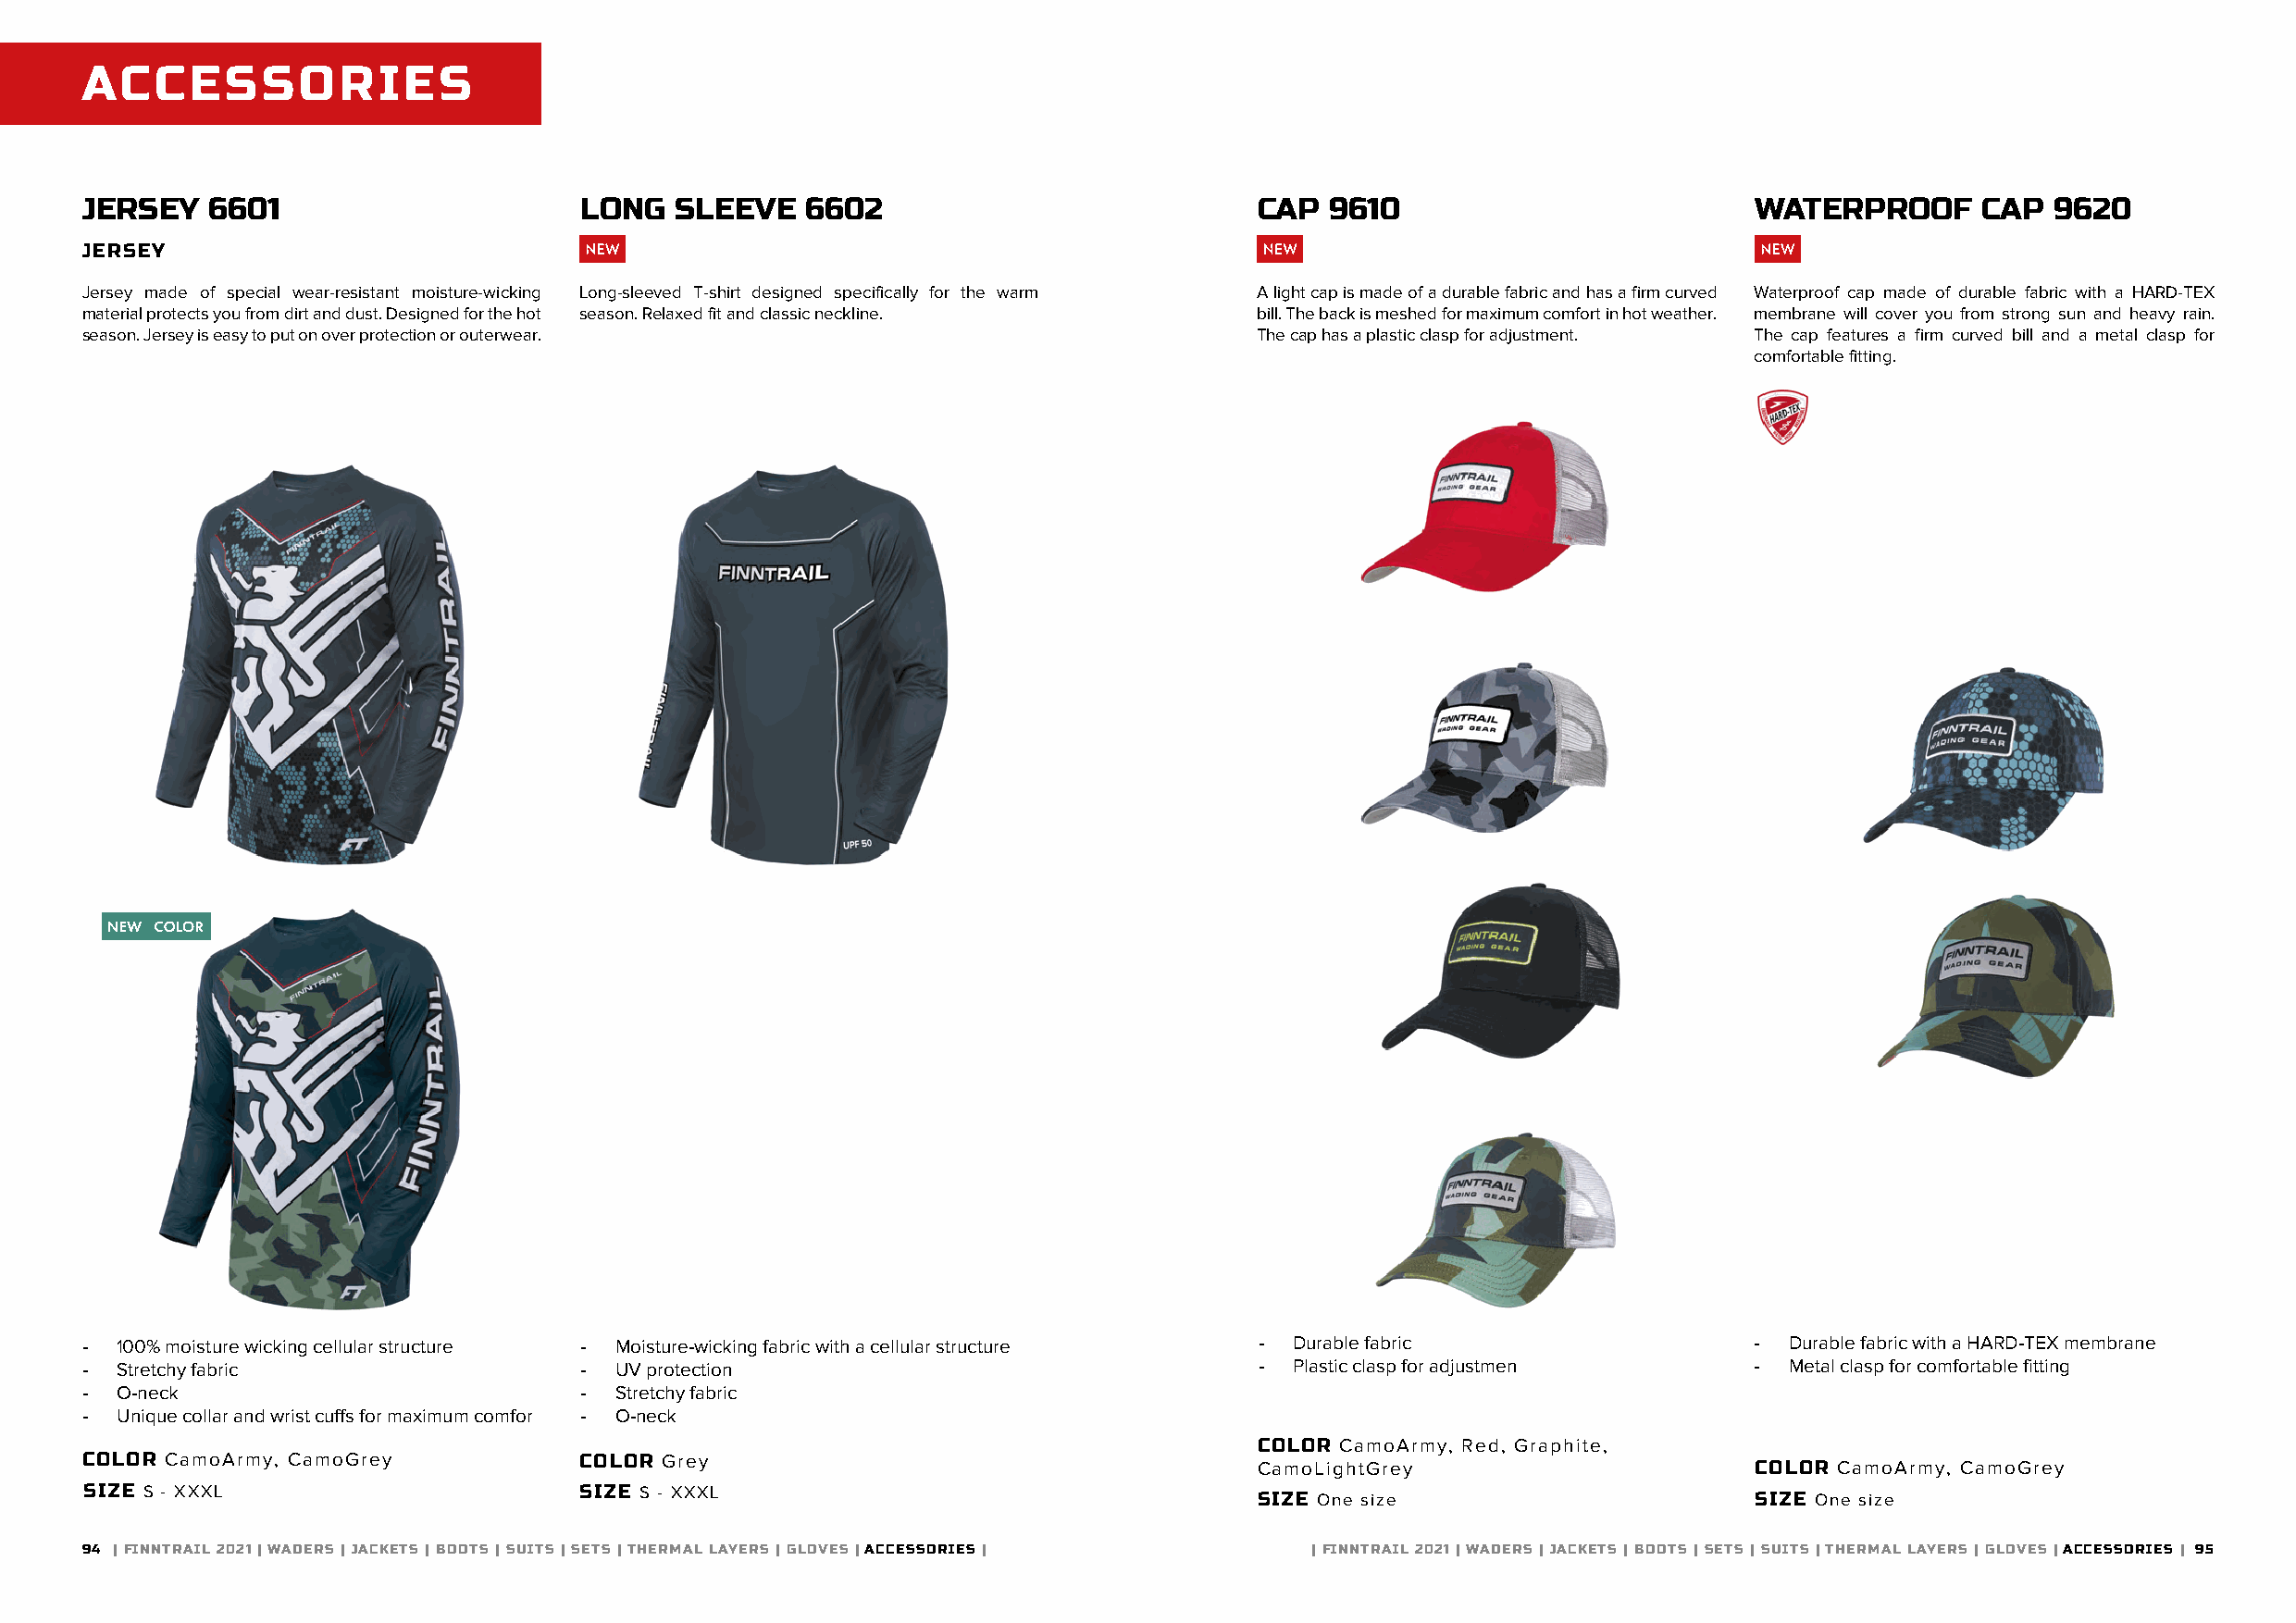
ACCESSORIES
 JERSEY   6601                       LONG  SLEEVE    6602                            CAP  9610                           WATERPROOF      CAP  9620
 JERSEY
 Jersey made of special wear-resistant moisture-wicking Long-sleeved T-shirt designed specifically for the warm A light cap is made of a durable fabric and has a firm curved Waterproof cap made of durable fabric with a HARD-TEX
 material protects you from dirt and dust. Designed for the hot season. Relaxed fit and classic neckline. bill. The back is meshed for maximum comfort in hot weather. membrane will cover you from strong sun and heavy rain.
 season. Jersey is easy to put on over protection or outerwear.                      The cap has a plastic clasp for adjustment. The cap features a firm curved bill and a metal clasp for
 comfortable fitting.
 - 100% moisture wicking cellular structure - Moisture-wicking fabric with a cellular structure - Durable fabric        -  Durable fabric with a HARD-TEX membrane
 - Stretchy fabric                   - UV protection                                 - Plastic clasp for adjustmen      -  Metal clasp for comfortable fitting
 - O-neck                            - Stretchy fabric
 - Unique collar and wrist cuffs for maximum comfor - O-neck
 COLOR CamoArmy, Red, Graphite,
 COLOR CamoArmy, CamoGrey           COLOR Grey
 CamoLightGrey                       COLOR CamoArmy, CamoGrey
 SIZE S - XXXL                      SIZE S - XXXL                                    SIZE One size                       SIZE One size
 94 | FINNTRAIL 2021 | WADERS | JACKETS | BOOTS | SUITS | SETS | THERMAL LAYERS | GLOVES | ACCESSORIES | | FINNTRAIL 2021 | WADERS | JACKETS | BOOTS | SETS | SUITS | THERMAL LAYERS | GLOVES | ACCESSORIES | 95